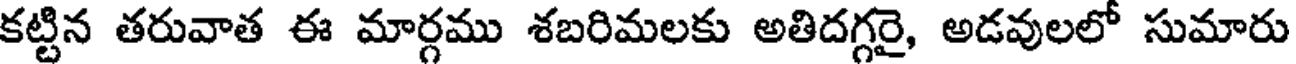
కట్టిన తరువాత ఈ మార్గము శబరిమలకు అతిదగ్గరై, అడవులలో సుమారు